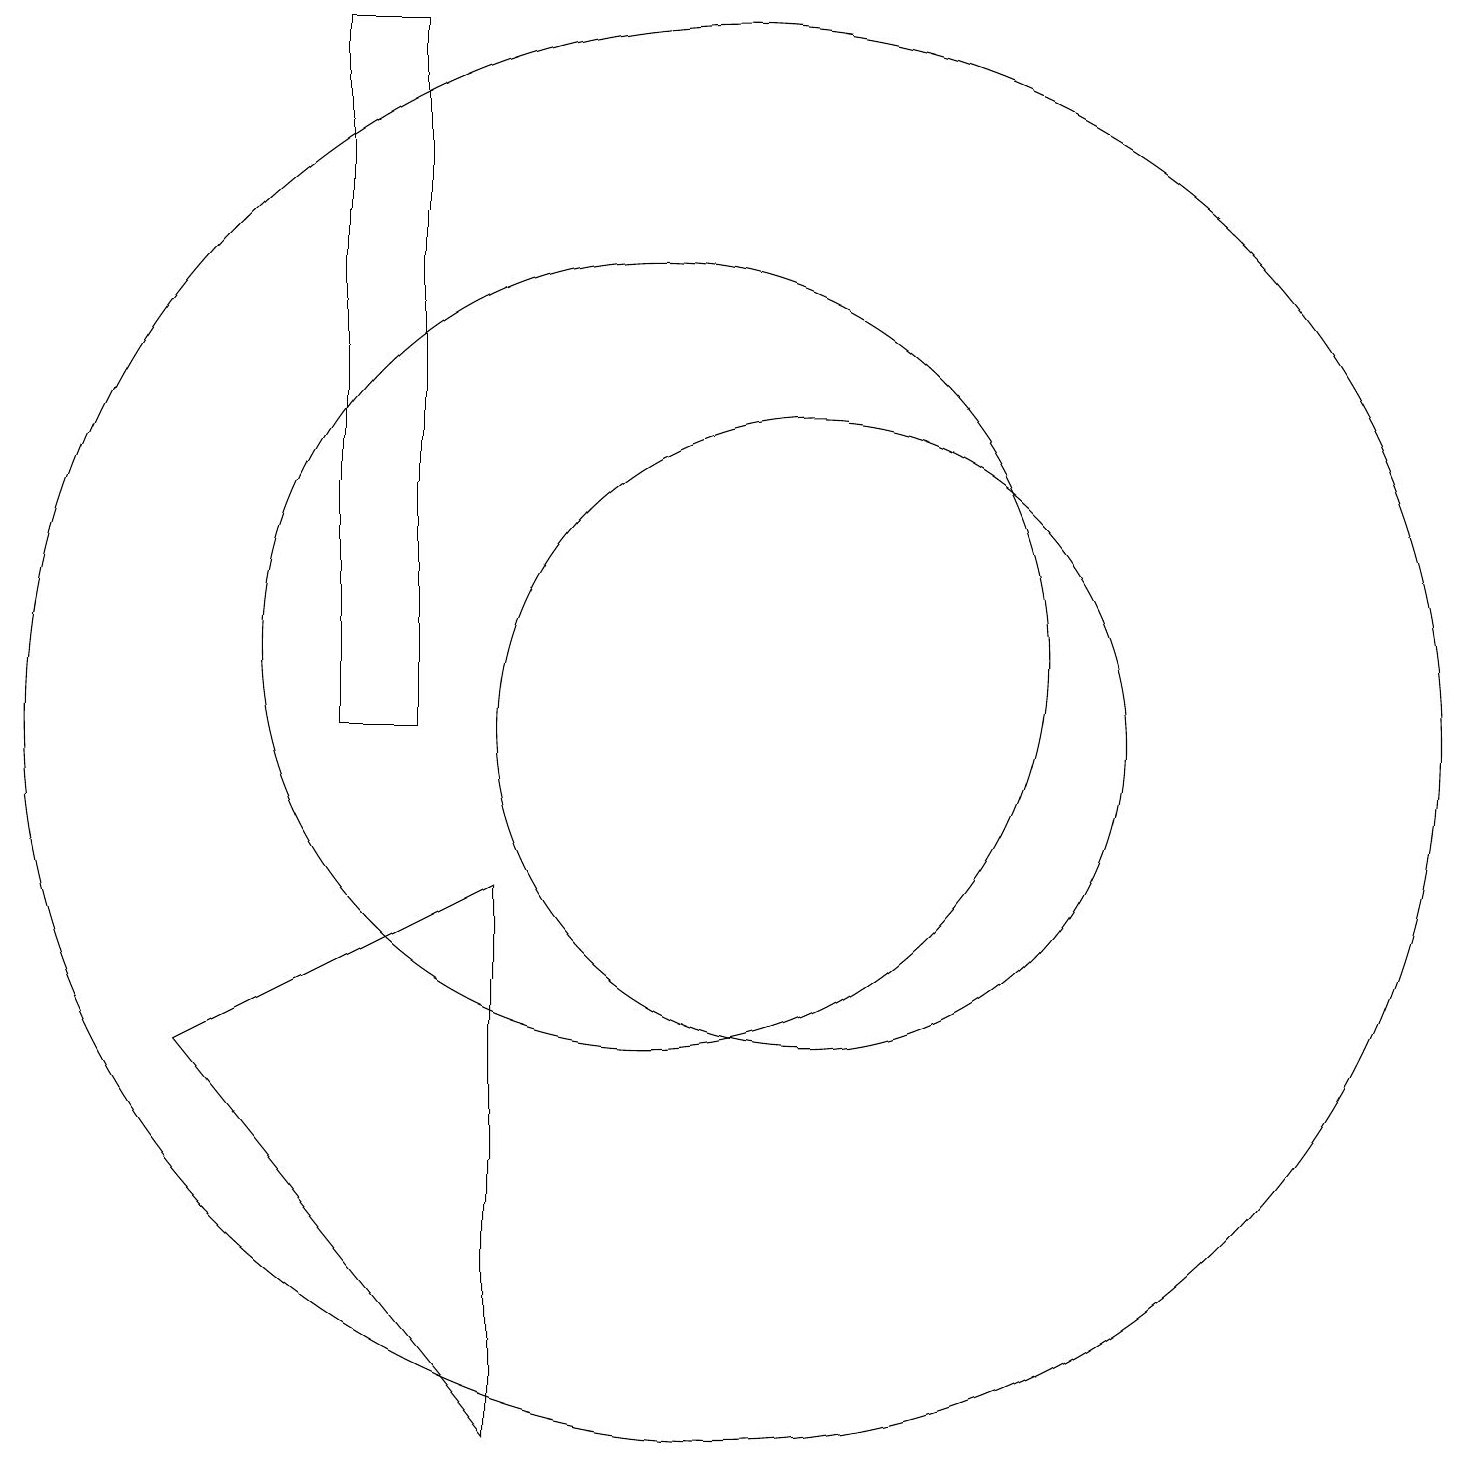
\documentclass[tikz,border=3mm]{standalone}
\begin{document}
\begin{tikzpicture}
\draw (11,10) circle (9);
\draw (10,11) circle (5);
\draw (12,10) circle (4);
\draw (6,10) rectangle (7,19);
\draw (8,1) -- (8,8) -- (4,6) -- cycle;
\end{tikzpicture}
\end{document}